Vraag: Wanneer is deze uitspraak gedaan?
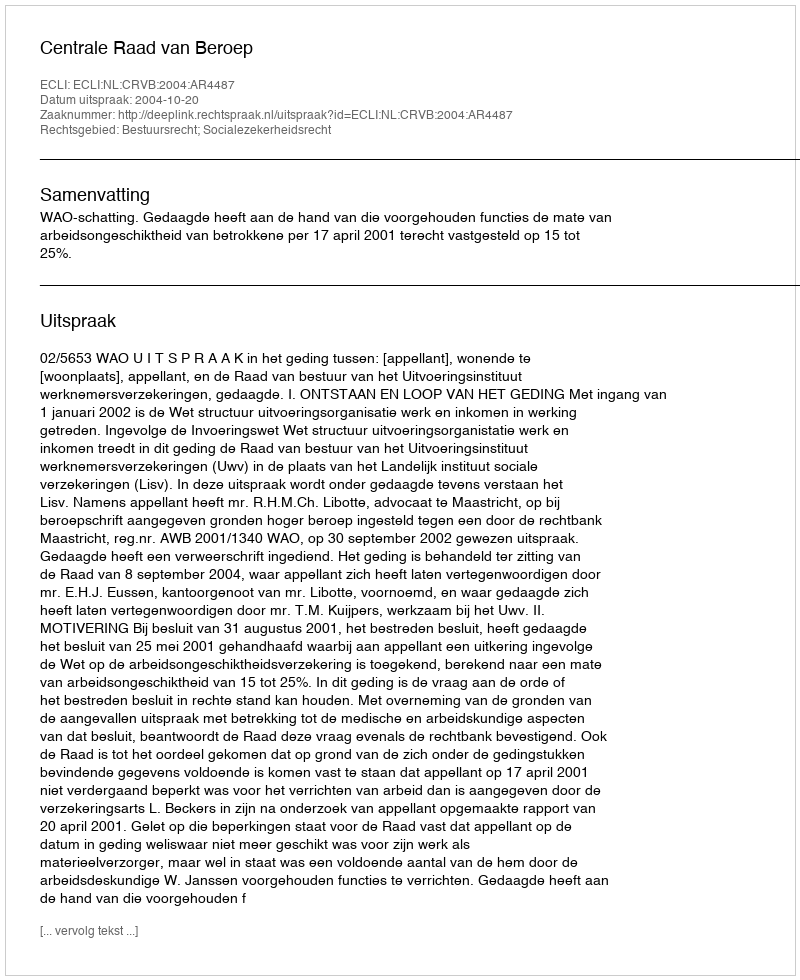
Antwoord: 2004-10-20